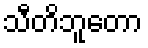
သီတိဘူတော